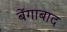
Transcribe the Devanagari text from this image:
बेंगाबाद